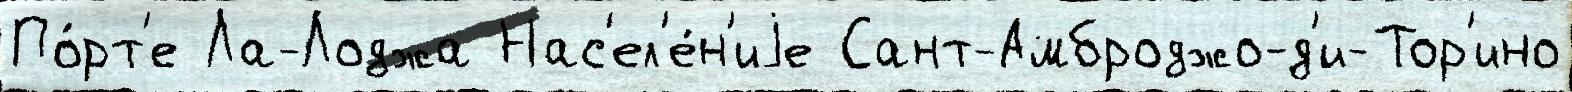
По́рт'е Ла-Лоджа Нас'ел'е́н'иjе Сант-Амброджо-д'и-Тор'ино